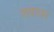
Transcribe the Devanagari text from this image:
शवावर